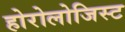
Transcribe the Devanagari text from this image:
होरोलोजिस्ट